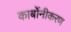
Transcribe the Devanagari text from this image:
कार्बोनीकरण